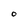
Character: O